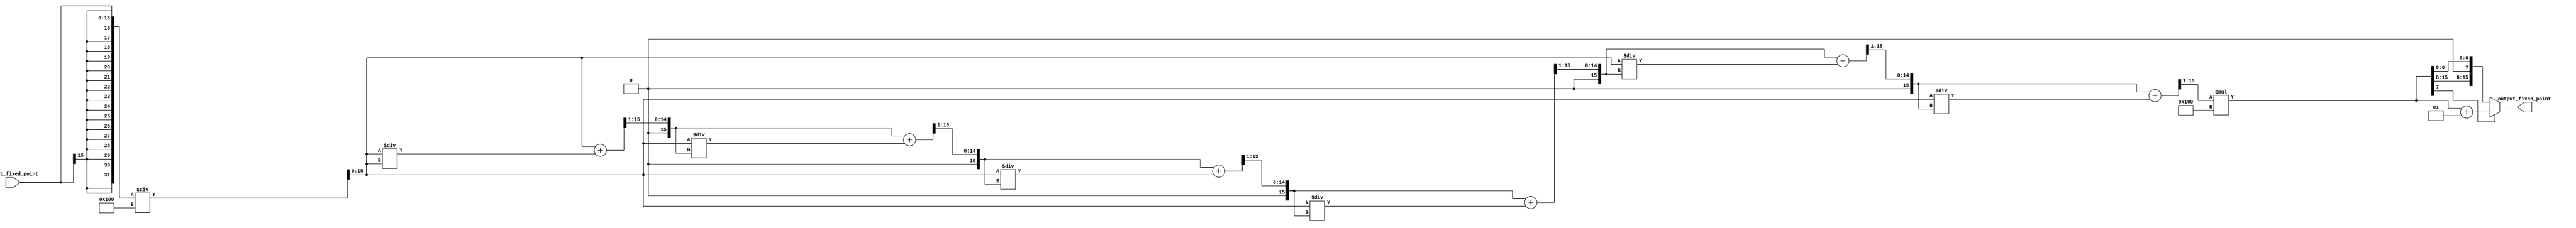
module fixed_point_sqrt(
    input signed [15:0] input_fixed_point,
    output reg signed [15:0] output_fixed_point
);

reg signed [15:0] input_float;
reg signed [15:0] output_float;
reg signed [15:0] approx_sqrt;

always @(*) begin
    // Convert input_fixed_point to floating-point representation
    input_float = $signed(input_fixed_point) / 2**8;

    // Apply Newton's method to calculate square root
    approx_sqrt = input_float;
    repeat(6) begin
        approx_sqrt = (approx_sqrt + (input_float / approx_sqrt)) >> 1; 
    end

    // Convert back to fixed-point representation
    output_float = approx_sqrt * 2**8;
    
    // Round to nearest integer
    if(output_float[7] == 1) begin
        output_fixed_point = output_float + 1;
    end else begin
        output_fixed_point = output_float;
    end
end

endmodule